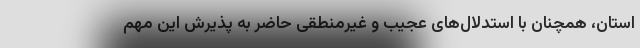
استان، همچنان با استدلال‌های عجیب و غیرمنطقی حاضر به پذیرش این مهم